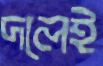
দলেই